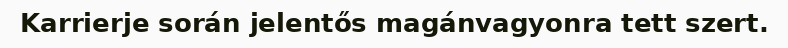
Karrierje során jelentős magánvagyonra tett szert.